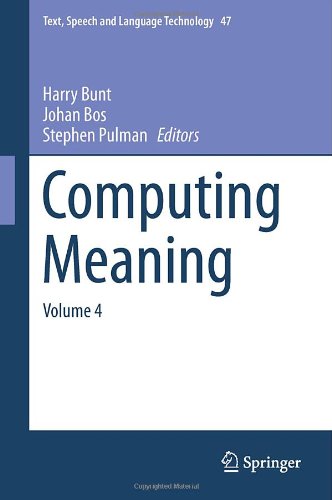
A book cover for Computing Meaning: Volume 4 (Text, Speech and Language Technology); Reference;